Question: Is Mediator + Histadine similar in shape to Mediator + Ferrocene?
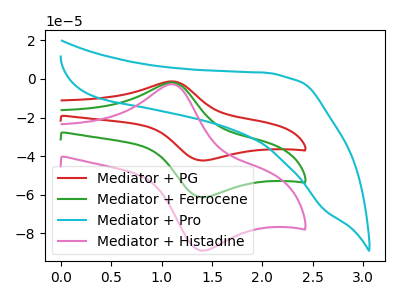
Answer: <think>The red curve "Mediator + PG" has an anodic peak at (1.10V, -3.80uA) and a cathodic peak at (1.40V, -122.40uA). The green curve "Mediator + Ferrocene" has an anodic peak at (1.10V, -1.90uA) and a cathodic peak at (1.40V, -61.20uA). The cyan curve "Mediator + Pro" has no peaks. The pink curve "Mediator + Histadine" has an anodic peak at (1.10V, -2.75uA) and a cathodic peak at (1.40V, -88.80uA).
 All the peaks in "Mediator + Histadine" have a peak in "Mediator + Ferrocene" at the same potential.</think>
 <answer>"Mediator + Histadine" and "Mediator + Ferrocene" are similar in shape.</answer>
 <eval>same_shape</eval>